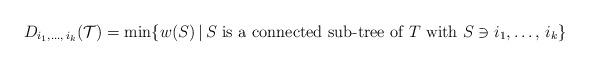
LaTeX: \begin{align*} D_{i_1 , \ldots, \, i_k } (\mathcal{T})= \min \{ w(S) \,|\, S \mbox{ is a connected sub-tree of } T \mbox{ with } S\ni i_1 , \ldots, \, i_k \}\end{align*}